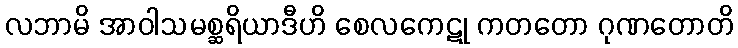
လဘာမိ အာဝါသမစ္ဆရိယာဒီဟိ စေလကေဋု ကတတော ဂုဏတောတိ